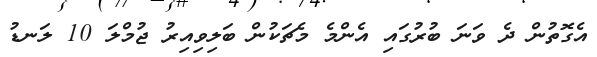
އެގޮތުން ދެ ވަނަ ބުރުގައި އެންމެ މެޗަކުން ބަލިވިއިރު ޖުމްލަ 10 ލަނޑު